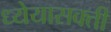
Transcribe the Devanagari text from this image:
ध्येयासक्ती